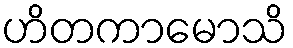
ဟိတကာမောသိ